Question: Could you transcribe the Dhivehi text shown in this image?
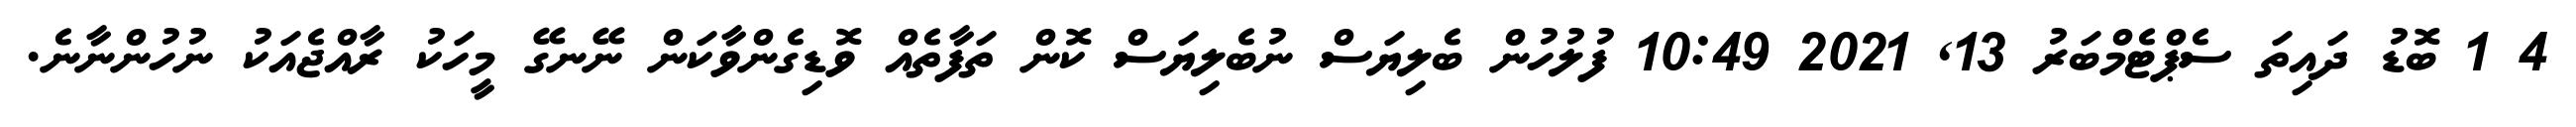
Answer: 4 1 ބޮޑު ދައިތަ ސެޕްޓެމްބަރު 13, 2021 10:49 ފުލުހުން ބެލިޔަސް ނުބެލިޔަސް ކޮން ތަފާތެއް ވޮޑިގެންވާކަން ނޭނގޭ މީހަކު ރާއްޖެއަކު ނުހުންނާނެ.